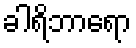
ခါရိဘာရော